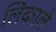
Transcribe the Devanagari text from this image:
लिकाले